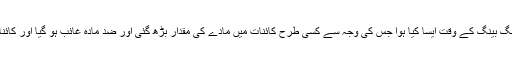
اس لیے یہ پہیلی آج تک حل نہیں ہو پائی کہ بگ بینگ کے وقت ایسا کیا ہوا جس کی وجہ سے کسی طرح کائنات میں مادے کی مقدار بڑھ گئی اور ضدِ مادہ غائب ہو گیا اور کائنات کا اپنی موجودہ حالت میں ظہور ممکن ہوا۔